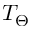
T _ { \Theta }